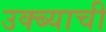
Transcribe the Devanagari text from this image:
उक्ब्याची